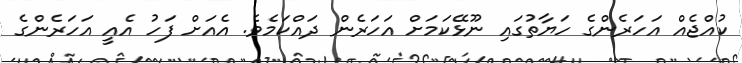
ކުއްޖެއް އަހަރެންގެ ހަޔާތުގައި ނޫޅޭކަމަށް އަހަރެން ދައްކަމެވެ. އެއަށް ފަހު އެއީ އަހަރެންގެ